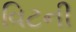
વિટની